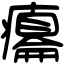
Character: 癟